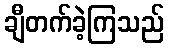
ချီတက်ခဲ့ကြသည်